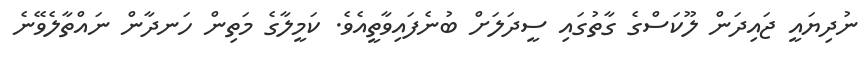
ނުދިޔައީ ޖައިދަން ލޫކަސްގެ ގާތުގައި ސީދަލަށް ބުނެފައިވާތީއެވެ. ކަމީލާގެ މަތިން ހަނދާން ނައްތާލެވޭނެ